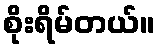
စိုးရိမ်တယ်။